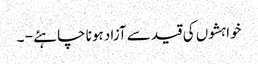
خواہشوں کی قید سے آزاد ہونا چاہئے - ۔